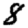
Digit: 8